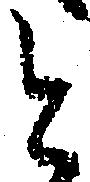
と